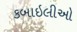
કબાઇલીઓ